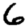
Digit: 6